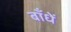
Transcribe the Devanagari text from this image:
बाँधें